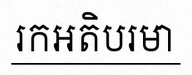
រកអតិបរមា